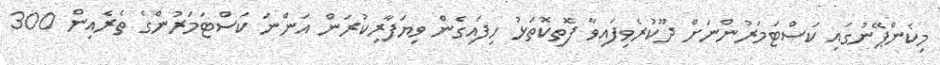
މިކެންޕޭނުގައި ކަސްޓަމަރުންނަށް ދޫކުރެވިފައިވާ ފޮތިކޮތަޅު ހިފައިގެން ވިޔަފާރިކުރަން އަންނަ ކަސްޓަމަރުންގެ ތެރެއިން 300